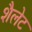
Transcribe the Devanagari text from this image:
शैलेट